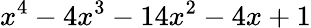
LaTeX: x^{4}-4x^{3}-14x^{2}-4x+1